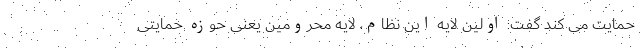
حمایت می کند گفت: اولین لایه این نظام، لایه محرومین یعنی حوزه حمایتی